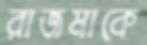
রাজমাকে